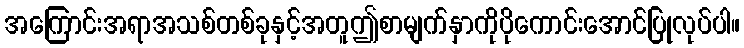
အကြောင်းအရာအသစ်တစ်ခုနှင့်အတူဤစာမျက်နှာကိုပိုကောင်းအောင်ပြုလုပ်ပါ။